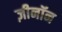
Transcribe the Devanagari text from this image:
ज़ीनॉन